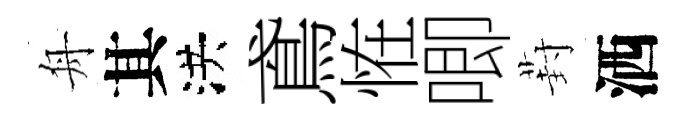
舟其洪鳶恠唧葑洒